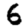
Digit: 6